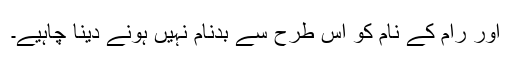
اور رام کے نام کو اس طرح سے بدنام نہیں ہونے دینا چاہیے۔